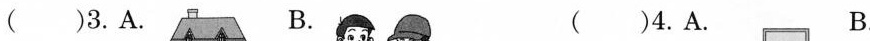
( )3.A. B. ( )4.A. B.